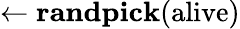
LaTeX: \leftarrow\mathrm{\textbf{randpick}}(\mathrm{alive})